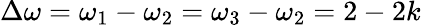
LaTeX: \Delta\omega=\omega_{1}-\omega_{2}=\omega_{3}-\omega_{2}=2-2k